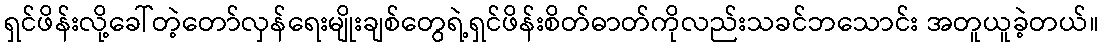
ရှင်ဖိန်းလို့ခေါ်တဲ့တော်လှန်ရေးမျိုးချစ်တွေရဲ့ရှင်ဖိန်းစိတ်ဓာတ်ကိုလည်းသခင်ဘသောင်း အတူယူခဲ့တယ်။